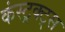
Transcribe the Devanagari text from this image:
कंस्ट्रक्ट्स